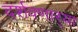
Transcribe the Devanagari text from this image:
दर्शवणार्‍या